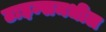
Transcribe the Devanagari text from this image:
टाइम्समधील